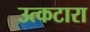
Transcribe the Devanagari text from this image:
उत्कटारा